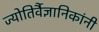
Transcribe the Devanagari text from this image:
ज्योतिर्वैज्ञानिकांनी